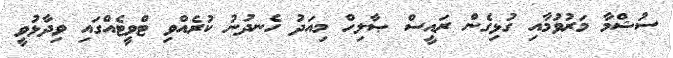
ސުޝްމާ މަރުވުމާއި ގުޅިގެން ރައީސް ޞާލިހް މިއަދު ހެނދުނު ކުރެއްވި ޓްވީޓެއްގައި ވިދާޅުވީ